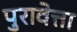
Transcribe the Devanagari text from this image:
पुरावेत्ता